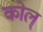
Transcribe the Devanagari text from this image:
कोल्